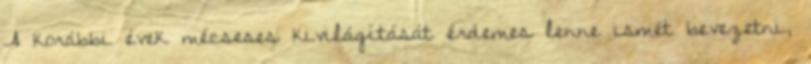
A korábbi évek mécseses kivilágítását érdemes lenne ismét bevezetni,